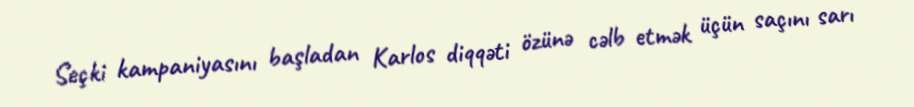
Seçki kampaniyasını başladan Karlos diqqəti özünə cəlb etmək üçün saçını sarı